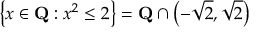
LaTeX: \left\{ x \in \mathbf { Q } : x ^ { 2 } \leq 2 \right\} = \mathbf { Q } \cap \left( - { \sqrt { 2 } } , { \sqrt { 2 } } \right)